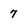
Character: 7